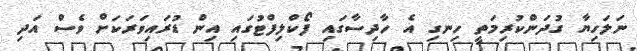
ނަލަހިޔާ ގުދަންކުރިމަތީ ހިނގި އެ ހާދިސާގައި ފޯކްލިފްޓުގައި އިން ޑުރައިވަރަކަށް ވެސް އަދި